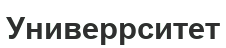
Универрситет